Rangoon Lunatic Asylum 1893-1897 - 1893-1897
Year: 1893
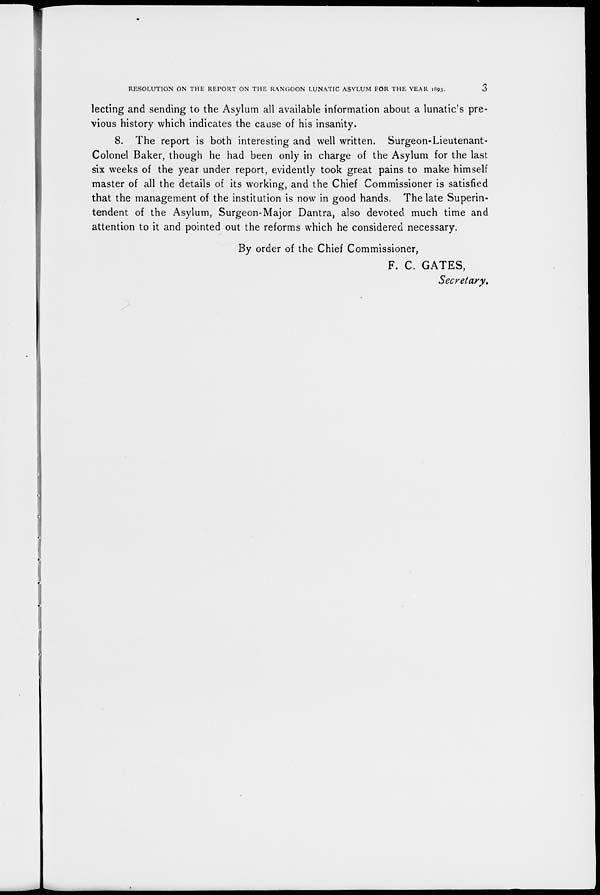
RESOLUTION ON THE REPORT ON THE RANGOON LUNATIC ASYLUM FOR THE YEAR 1893.
3
lecting and sending to the Asylum all available information about a lunatic's pre-
vious history which indicates the cause of his insanity.
8. The report is both interesting and well written. Surgeon-Lieutenant-
Colonel Baker, though he had been only in charge of the Asylum for the last
six weeks of the year under report, evidently took great pains to make himself
master of all the details of its working, and the Chief Commissioner is satisfied
that the management of the institution is now in good hands. The late Superin-
tendent of the Asylum, Surgeon-Major Dantra, also devoted much time and
attention to it and pointed out the reforms which he considered necessary.
By order of the Chief Commissioner,
F. C. GATES,
Secretary.